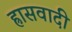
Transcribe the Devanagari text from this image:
ह्रासवादी